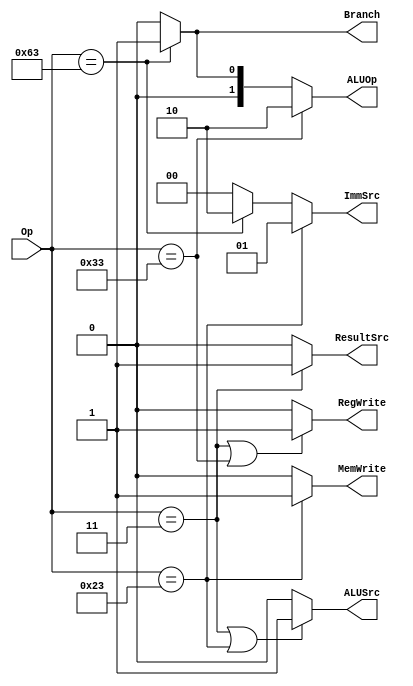
`timescale 1ns / 1ps
//////////////////////////////////////////////////////////////////////////////////
// Company: 
// Engineer: 
// 
// Design Name: 
// Module Name: main_decoder
// Project Name: 
// Target Devices: 
// Tool Versions: 
// Description: 
// 
// Dependencies: 
// 
// Revision:
// Revision 0.01 - File Created
// Additional Comments:
// 
//////////////////////////////////////////////////////////////////////////////////

module Main_Decoder(Op,RegWrite,ImmSrc,ALUSrc,MemWrite,ResultSrc,Branch,ALUOp);
    input [6:0]Op;          //Define opcode
    output RegWrite,ALUSrc,MemWrite,ResultSrc,Branch;   
    output [1:0]ImmSrc,ALUOp;

    assign RegWrite = (Op == 7'b0000011 | Op == 7'b0110011) ? 1'b1 : 1'b0 ; // R-Type or load operation
    assign ImmSrc = (Op == 7'b0100011) ? 2'b01 :            // I-Type
                    (Op == 7'b1100011) ? 2'b10 :            // B-Type
                                         2'b00 ;
    assign ALUSrc = (Op == 7'b0000011 | Op == 7'b0100011) ? 1'b1 :  // Load or store
                                                            1'b0 ;
    assign MemWrite = (Op == 7'b0100011) ? 1'b1 :       // Store operation
                                           1'b0 ;
    assign ResultSrc = (Op == 7'b0000011) ? 1'b1 :          // Load operation
                                            1'b0 ; 
    assign Branch = (Op == 7'b1100011) ? 1'b1 :             // Branch operation
                                         1'b0 ;
    assign ALUOp = (Op == 7'b0110011) ? 2'b10 :             // ALU operation
                   (Op == 7'b1100011) ? 2'b01 :
                                        2'b00 ;

endmodule